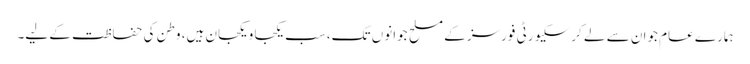
ہمارے عام جوان سے لے کر سکیورٹی فورسز کے مسلح جوانوں تک، سب یکجا و یکجان ہیں، وطن کی حفاظت کے لیے۔